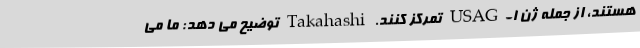
هستند، از جمله ژن USAG-1 تمرکز کنند. Takahashi توضیح می دهد: ما می